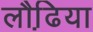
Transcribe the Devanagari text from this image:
लौढि़या